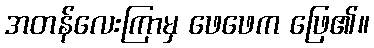
အတန်လေးကြာမှ ဖေဖေက ဖြေ၏။